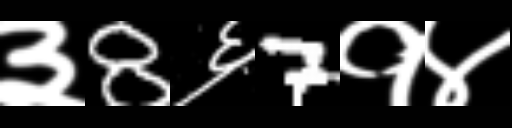
Text: ३8६7१४